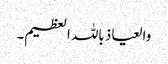
والعیاذ باللہ العظیم۔